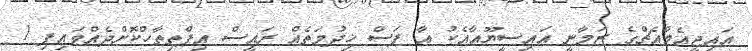
އައިޖީއެމްއެޗްގެ ޒަމާނީ އައިސީޔޫއާއެކު އާ ފަސް ޚިދުމަތެއް ރައީސް އިފްތިތާހްކޮށްދެއްވައިފި 1